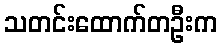
သတင်းထောက်တဦးက